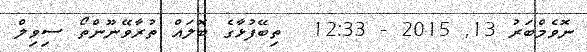
ނޮވެމްބަރު 13